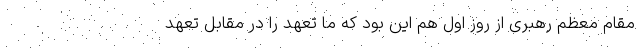
مقام معظم رهبری از روز اول هم این بود که ما تعهد را در مقابل تعهد